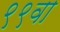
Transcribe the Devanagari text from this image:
९९वा